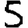
Digit: 5